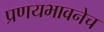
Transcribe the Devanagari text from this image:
प्रणयभावनेच